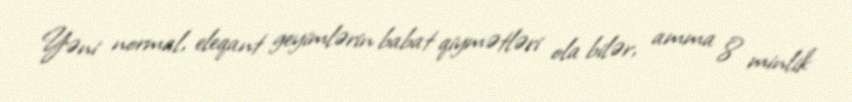
Yəni normal, eleqant geyimlərin babat qiymətləri ola bilər, amma 8 minlik